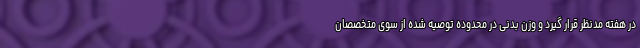
در هفته مدنظر قرار گیرد و وزن بدنی در محدوده توصیه شده از سوی متخصصان